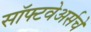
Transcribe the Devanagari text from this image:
सॉफ्टवेअर्सचे